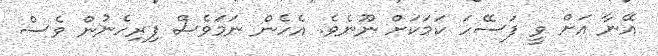
އޭނާ އަށް ވީ ފަސޭހަ ކަމަކަށް ނޫނެވެ. އެހެން ނަމަވެސް ފިރިހެނުން ވެސް